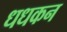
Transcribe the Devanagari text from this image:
धधकन